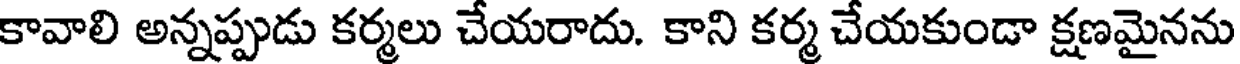
కావాలి అన్నప్పుడు కర్మలు చేయరాదు. కాని కర్మ చేయకుండా క్షణమైనను